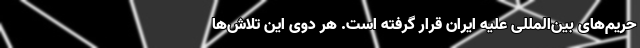
حریم‌های بین‌المللی علیه ایران قرار گرفته است. هر دوی این تلاش‌ها